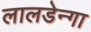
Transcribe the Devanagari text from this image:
लालडेन्गा